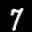
Label: 7